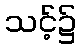
သင့်၌